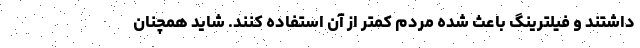
داشتند و فیلترینگ باعث شده مردم کمتر از آن استفاده کنند. شاید همچنان